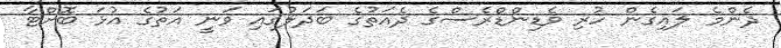
ދެންމެ ލައިގެން ހުރި ވެޑިންޑްރެސްގެ ދެއަތުގެ ބަދަލުގައި ވަނީ އަތުގެ އުޅަ ބޮށްޓާ